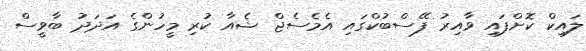
ލައިކް ކޮށްފައި ވާއިރު ފޭސްބުކްގައި އެމެސެޖް ޝެއާ ކުރި މީހުންގެ އަދަދު ބާވީސް